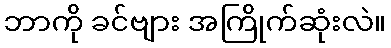
ဘာကို ခင်ဗျား အကြိုက်ဆုံးလဲ။